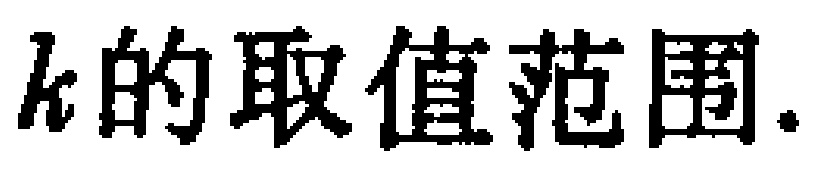
\(k\)的取值范围.